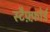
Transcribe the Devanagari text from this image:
स्टैफ़्फ़ोर्ड